Annual report on the Civil Veterinary Department, Burma (including the Insein Veterinary School) - 1910-1922
Year: 1910
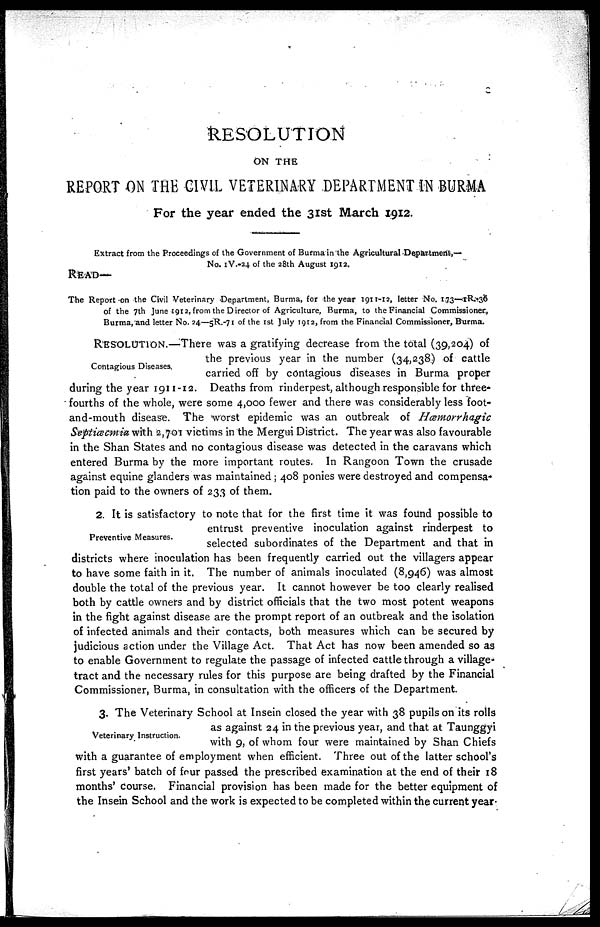
RESOLUTION
ON THE
REPORT ON THE CIVIL VETERINARY DEPARTMENT IN BURMA
For the year ended the 31st March 1912.
Extract from the Proceedings of the Government of Burma in the Agricultural Department,—
No. 1V.-24. of the 28th August 1912.
READ—
The Report on the Civil Veterinary Department, Burma, for the year 1911-12, letter No. 173—IR. 36
of the 7th June 1912, from the Director of Agriculture, Burma, to the Financial Commissioner,
Burma, and letter No. 24—5R.-71 of the 1st July 1912, from the Financial Commissioner, Burma.
Contagious Diseases.
RESOLUTION.—There was a gratifying decrease from the total (39,204) of
the previous year in the number (34,238) of cattle
carried off by contagious diseases in Burma proper
during the year 1911-12. Deaths from rinderpest, although responsible for three-
fourths of the whole, were some 4,000 fewer and there was considerably less foot-
and-mouth disease. The worst epidemic was an outbreak of Hæmorrhagic
Septicæmia with 2,701 victims in the Mergui District. The year was also favourable
in the Shan States and no contagious disease was detected in the caravans which
entered Burma by the more important routes. In Rangoon Town the crusade
against equine glanders was maintained; 408 ponies were destroyed and compensa-
tion paid to the owners of 233 of them.
Preventive Measures.
2. It is satisfactory to note that for the first time it was found possible to
entrust preventive inoculation against rinderpest to
selected subordinates of the Department and that in
districts where inoculation has been frequently carried out the villagers appear
to have some faith in it. The number of animals inoculated (8,946) was almost
double the total of the previous year. It cannot however be too clearly realised
both by cattle owners and by district officials that the two most potent weapons
in the fight against disease are the prompt report of an outbreak and the isolation
of infected animals and their contacts, both measures which can be secured by
judicious action under the Village Act. That Act has now been amended so as
to enable Government to regulate the passage of infected cattle through a village-
tract and the necessary rules for this purpose are being drafted by the Financial
Commissioner, Burma, in consultation with the officers of the Department.
Veterinary Instruction.
3. The Veterinary School at Insein closed the year with 38 pupils on its rolls
as against 24 in the previous year, and that at Taunggyi
with 9, of whom four were maintained by Shan Chiefs
with a guarantee of employment when efficient. Three out of the latter school's
first years' batch of four passed the prescribed examination at the end of their 18
months' course. Financial provision has been made for the better equipment of
the Insein School and the work is expected to be completed within the current year-